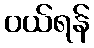
ဝယ်ရန်